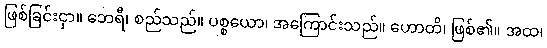
ဖြစ်ခြင်းငှာ။ ဘေရီ၊ စည်သည်။ ပစ္စယော၊ အကြောင်းသည်။ ဟောတိ၊ ဖြစ်၏။ အထ၊